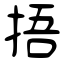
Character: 捂